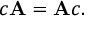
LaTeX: c \mathbf { A } = \mathbf { A } c .